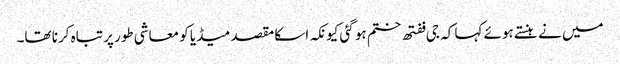
میں نے ہنستے ہوئے کہا کہ جی ففتھ ختم ہو گئی کیونکہ اسکا مقصد میڈیا کو معاشی طور پر تباہ کرنا تھا۔